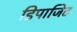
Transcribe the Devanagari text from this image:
डिपाजिट